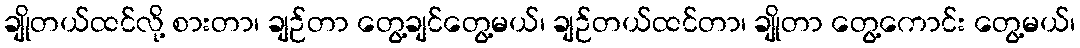
ချိုတယ်ထင်လို့ စားတာ၊ ချဉ်တာ တွေ့ချင်တွေ့မယ်၊ ချဉ်တယ်ထင်တာ၊ ချိုတာ တွေ့ကောင်း တွေ့မယ်၊